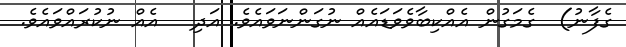
ގެފާނު)  ގެމަގުން އެއްކިބާވެވަޑައެއް ނުގަންނަވައެވެ. އަދި   އެއް ނުކުރައްވައެވެ.